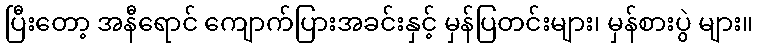
ပြီးတော့ အနီရောင် ကျောက်ပြားအခင်းနှင့် မှန်ပြတင်းများ၊ မှန်စားပွဲ များ။